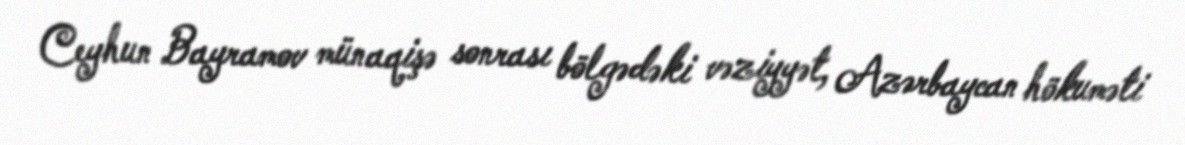
Ceyhun Bayramov münaqişə sonrası bölgədəki vəziyyət, Azərbaycan hökuməti